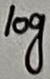
Text: log